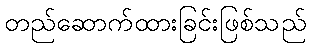
တည်ဆောက်ထားခြင်းဖြစ်သည်